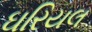
ઘરિયલ